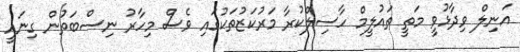
އަނިލް ވިދާޅުވީ މަތީ ތައުލީމް ހާސިލްކުރާ މަރުކަޒުތަކުގައި ވެސް މިހާރު ނިސްބަތުން ގިނައީ